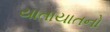
યાતાયાતનો